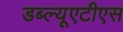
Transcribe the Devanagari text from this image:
डब्ल्यूएटीएस